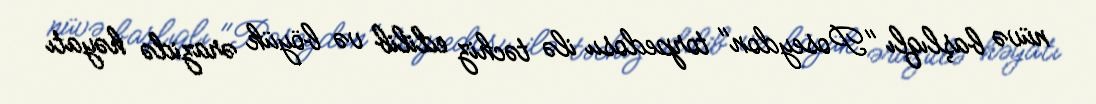
nüvə başlıqlı "Poseydon" torpedosu ilə təchiz edilib və böyük ərazidə həyatı